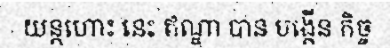
យន្តហោះ នេះ ឥណ្ឌា បាន បង្កើន កិច្ច